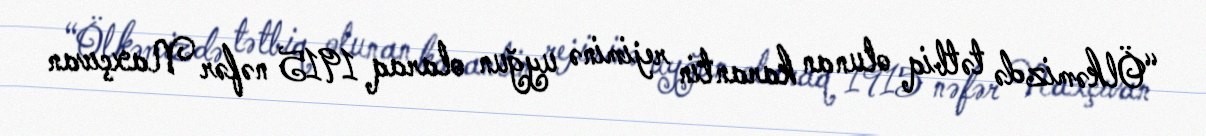
“Ölkəmizdə tətbiq olunan karantin rejiminə uyğun olaraq 1915 nəfər Naxçıvan